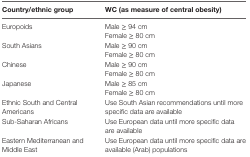
<table><thead><tr><td><b>Country/ethnic group</b></td><td><b>WC (as measure of central obesity)</b></td></tr></thead><tbody><tr><td rowspan="2">Europoids</td><td>Male ≥ 94 cm</td></tr><tr><td>Female ≥ 80 cm</td></tr><tr><td rowspan="2">South Asians</td><td>Male ≥ 90 cm</td></tr><tr><td>Female ≥ 80 cm</td></tr><tr><td rowspan="2">Chinese</td><td>Male ≥ 90 cm</td></tr><tr><td>Female ≥ 80 cm</td></tr><tr><td rowspan="2">Japanese</td><td>Male ≥ 85 cm</td></tr><tr><td>Female ≥ 80 cm</td></tr><tr><td>Ethnic South and Central Americans</td><td>Use South Asian recommendations until more specific data are available</td></tr><tr><td>Sub-Saharan Africans</td><td>Use European data until more specific data are available</td></tr><tr><td>Eastern Mediterranean and Middle East</td><td>Use European data until more specific data are available (Arab) populations</td></tr></tbody></table>